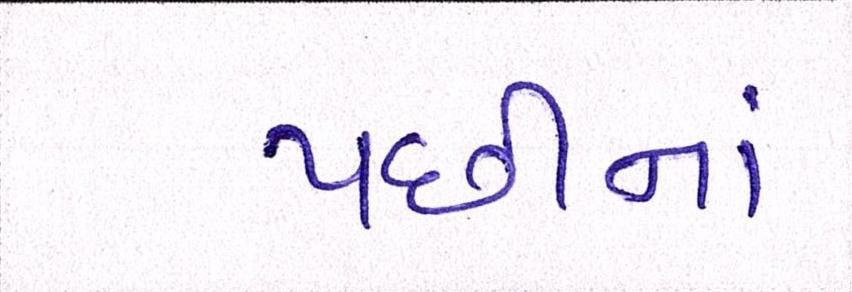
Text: પછીનાં